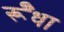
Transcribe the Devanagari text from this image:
र्रूँधा